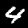
Digit: 4